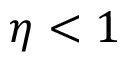
\eta < 1